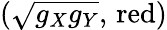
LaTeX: (\sqrt{g_{X}g_{Y}},\, \mathrm{red})